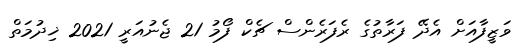
ވަޒީފާއަށް އެދޭ ފަރާތުގެ ރެފަރެންސް ޗެކް ފޯމު 21 ޖެނުއަރީ 2021 ޚިދުމަތް